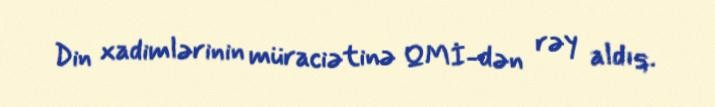
Din xadimlərinin müraciətinə QMİ-dən rəy aldıq.